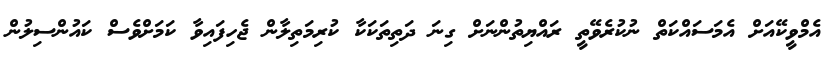
އެމްވީކޭއަށް އެމަސައްކަތް ނުކުރެވޭތީ ރައްޔިތުންނަށް ގިނަ ދަތިތަކަކާ ކުރިމަތިލާން ޖެހިފައިވާ ކަމަށްވެސް ކައުންސިލުން